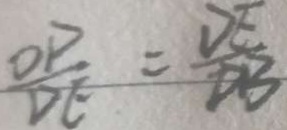
\frac { O P } { D E } = \frac { D E } { D B }